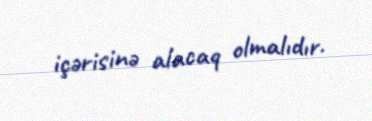
içərisinə alacaq olmalıdır.